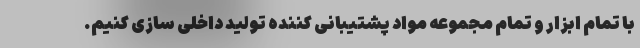
با تمام ابزار و تمام مجموعه مواد پشتیبانی کننده تولید داخلی سازی کنیم.